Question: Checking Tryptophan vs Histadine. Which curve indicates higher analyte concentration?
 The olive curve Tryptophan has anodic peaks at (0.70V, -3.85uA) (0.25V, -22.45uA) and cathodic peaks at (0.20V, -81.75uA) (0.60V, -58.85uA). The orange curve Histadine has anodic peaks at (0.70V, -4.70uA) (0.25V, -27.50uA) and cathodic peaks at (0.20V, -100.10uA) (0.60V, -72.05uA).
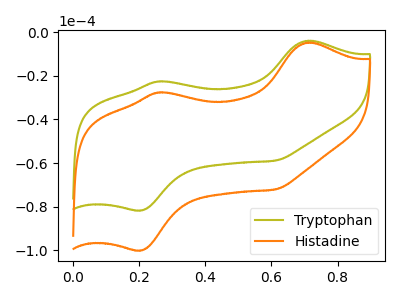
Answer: <think>All the peaks in "Tryptophan" have a peak in "Histadine" at the same potential.
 </think>
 <answer>I cant tell if "Tryptophan" or "Histadine" has higher concentration.</answer>
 <eval>mixed_concentration</eval>